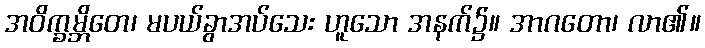
အဝိက္ခမ္ဘိတေ၊ မပယ်ခွာအပ်သေး ဟူသော အနက်၌။ အာဂတော၊ လာ၏။